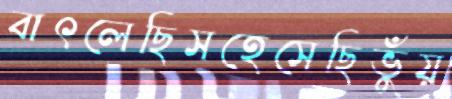
বাৎলেছিসহেসেছিভুঁয়